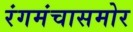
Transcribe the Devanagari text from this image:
रंगमंचासमोर